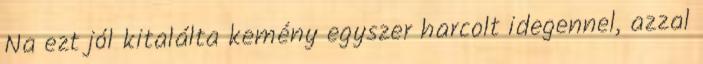
Na ezt jól kitalálta kemény egyszer harcolt idegennel, azzal